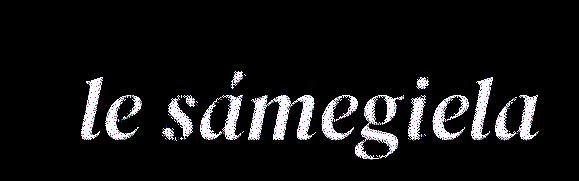
le sámegiela